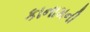
કાનામની